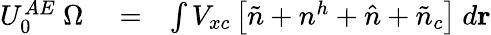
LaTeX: \begin{array}{rlr}{U_{0}^{AE}~\Omega}&{{}=}&{\int V_{xc}\left[\tilde{n}+n^{h}+\hat{n}+\tilde{n}_{c}\right]~d{\mathbf r}}\end{array}